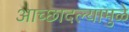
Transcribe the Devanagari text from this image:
आच्छादल्यामुळे